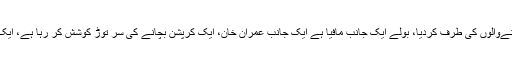
مراد سعید نے بھی توپوں کارخ دھرنےوالوں کی طرف کردیا، بولے ایک جانب مافیا ہے ایک جانب عمران خان، ایک کرپشن بچانے کی سر توڑ کوشش کر رہا ہے، ایک ملک و قوم کی ساکھ کی بحالی کی۔